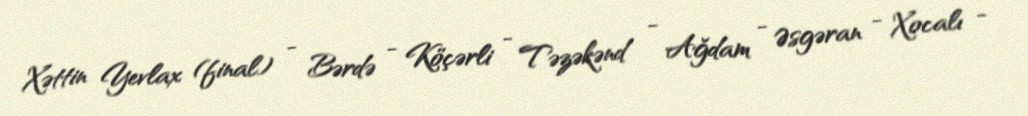
Xəttin Yevlax (final) - Bərdə - Köçərli - Təzəkənd - Ağdam - Əsgəran - Xocalı -